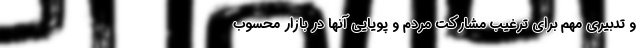
و تدبیری مهم برای ترغیب مشارکت مردم و پویایی آنها در بازار محسوب